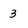
Character: 3